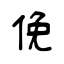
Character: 俛